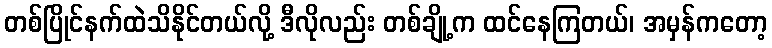
တစ်ပြိုင်နက်ထဲသိနိုင်တယ်လို့ ဒီလိုလည်း တစ်ချို့က ထင်နေကြတယ်၊ အမှန်ကတော့